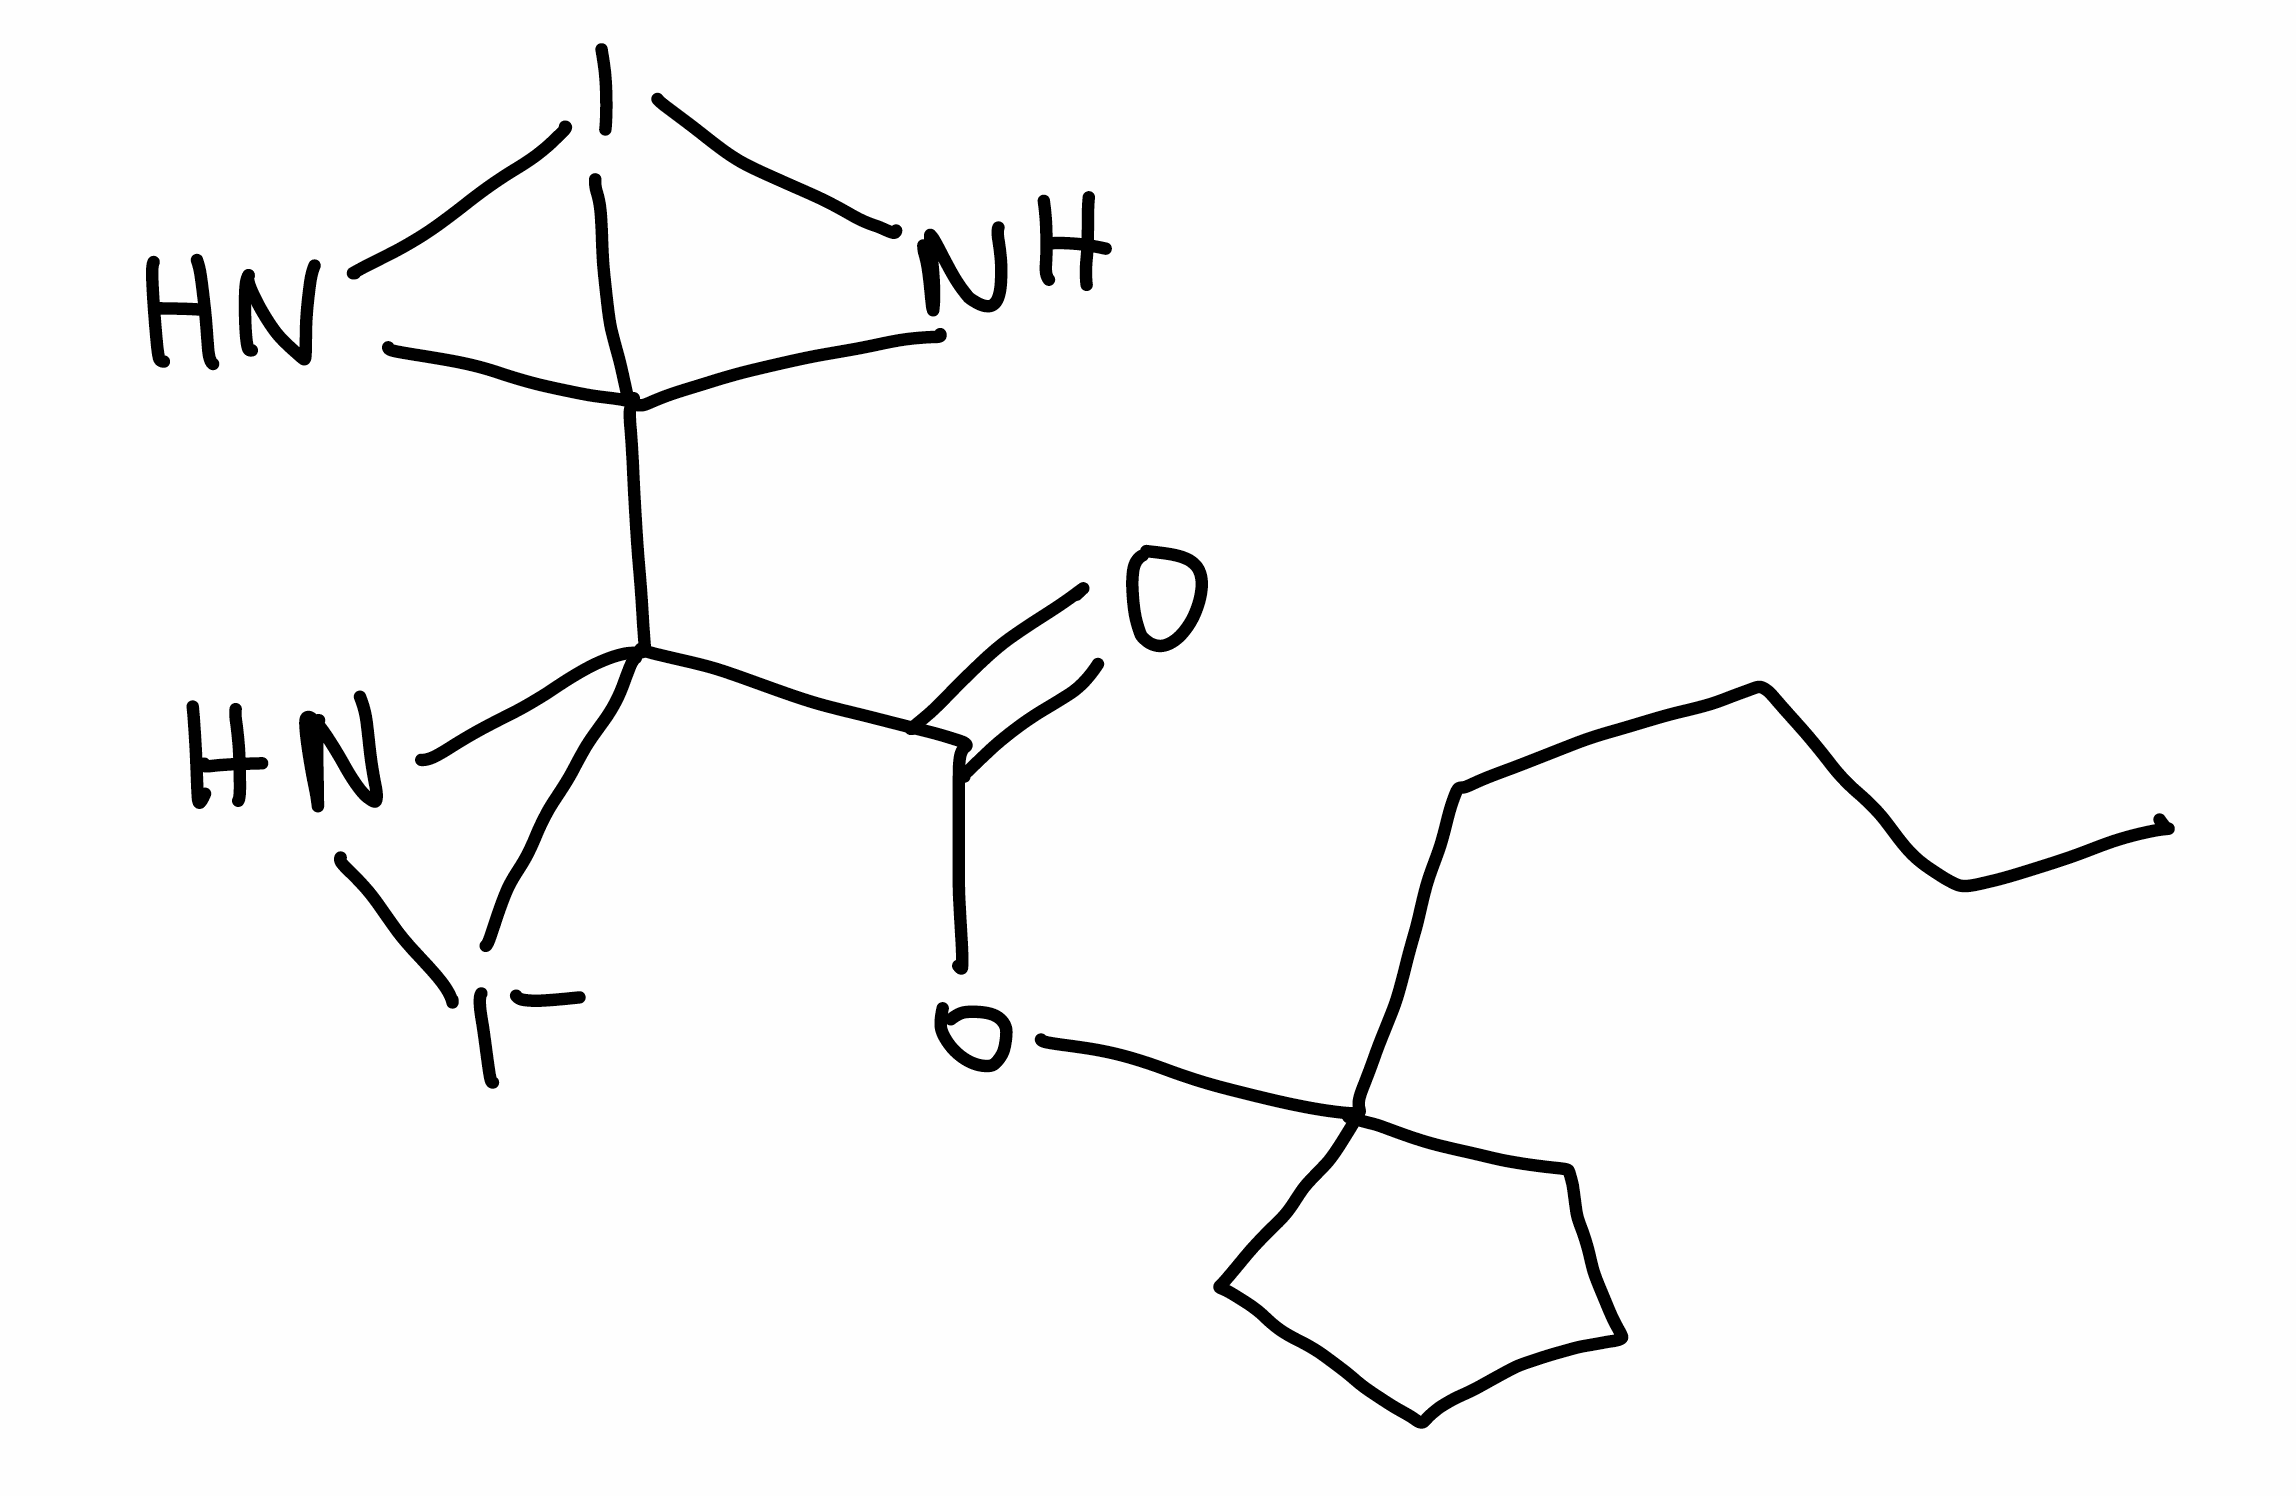
Simplified molecular-input line-entry system (SMILES) notation of the given molecule:
CCCCC1(CCCC1)OC(=O)C2(N[I-]2)C34NI3N4